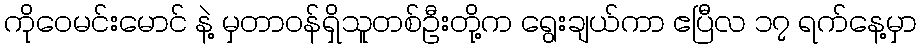
ကိုဝေမင်းမောင် နဲ့ မှတာဝန်ရှိသူတစ်ဦးတို့က ရွေးချယ်ကာ ဧပြီလ ၁၇ ရက်နေ့မှာ